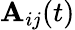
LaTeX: \mathbf{A}_{ij}(t)